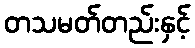
တသမတ်တည်းနှင့်